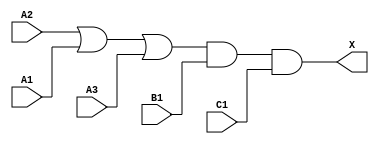
/*
 * Copyright 2020 The SkyWater PDK Authors
 *
 * Licensed under the Apache License, Version 2.0 (the "License");
 * you may not use this file except in compliance with the License.
 * You may obtain a copy of the License at
 *
 *     https://www.apache.org/licenses/LICENSE-2.0
 *
 * Unless required by applicable law or agreed to in writing, software
 * distributed under the License is distributed on an "AS IS" BASIS,
 * WITHOUT WARRANTIES OR CONDITIONS OF ANY KIND, either express or implied.
 * See the License for the specific language governing permissions and
 * limitations under the License.
 *
 * SPDX-License-Identifier: Apache-2.0
*/


`ifndef SKY130_FD_SC_HD__O311A_BEHAVIORAL_V
`define SKY130_FD_SC_HD__O311A_BEHAVIORAL_V

/**
 * o311a: 3-input OR into 3-input AND.
 *
 *        X = ((A1 | A2 | A3) & B1 & C1)
 *
 * Verilog simulation functional model.
 */

`timescale 1ns / 1ps
`default_nettype none

`celldefine
module sky130_fd_sc_hd__o311a (
    X ,
    A1,
    A2,
    A3,
    B1,
    C1
);

    // Module ports
    output X ;
    input  A1;
    input  A2;
    input  A3;
    input  B1;
    input  C1;

    // Module supplies
    supply1 VPWR;
    supply0 VGND;
    supply1 VPB ;
    supply0 VNB ;

    // Local signals
    wire or0_out   ;
    wire and0_out_X;

    //  Name  Output      Other arguments
    or  or0  (or0_out   , A2, A1, A3     );
    and and0 (and0_out_X, or0_out, B1, C1);
    buf buf0 (X         , and0_out_X     );

endmodule
`endcelldefine

`default_nettype wire
`endif  // SKY130_FD_SC_HD__O311A_BEHAVIORAL_V